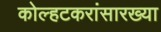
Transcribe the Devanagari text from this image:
कोल्हटकरांसारख्या